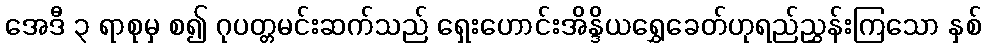
အေဒီ ၃ ရာစုမှ စ၍ ဂုပတ္တမင်းဆက်သည် ရှေးဟောင်းအိန္ဒိယရွှေခေတ်ဟုရည်ညွှန်းကြသော နှစ်